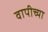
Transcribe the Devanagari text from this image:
वापीच्या